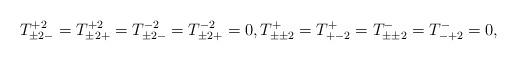
LaTeX: \begin{align*}T^{+2}_{\pm2-}=T^{+2}_{\pm2+}=T^{-2}_{\pm2-}=T^{-2}_{\pm2+}=0, T^{+}_{\pm\pm2}=T^+_{+-2}=T^-_{\pm\pm2}=T^-_{-+2}=0,\end{align*}